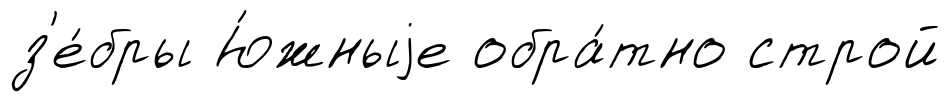
з'е́бры Ю́жныjе обра́тно строй